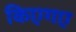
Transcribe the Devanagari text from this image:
किएगए